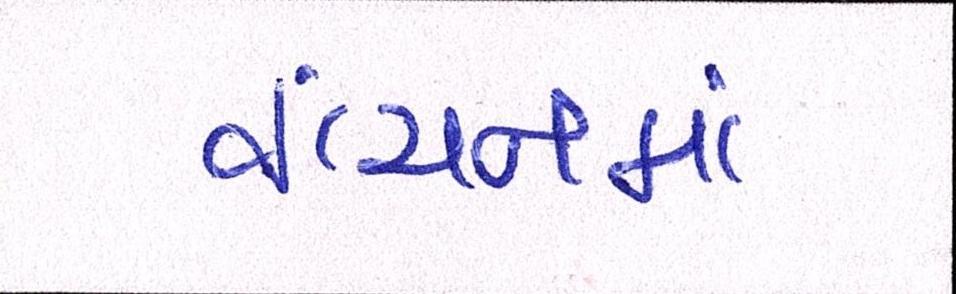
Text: વાંચનમાં